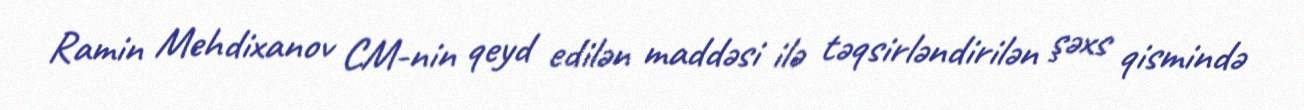
Ramin Mehdixanov CM-nin qeyd edilən maddəsi ilə təqsirləndirilən şəxs qismində